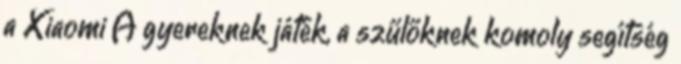
a Xiaomi A gyereknek játék, a szűlőknek komoly segítség